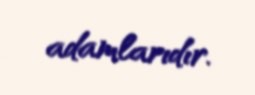
adamlarıdır.